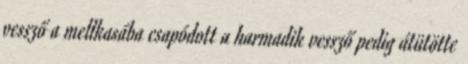
vessző a mellkasába csapódott a harmadik vessző pedig átütötte